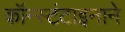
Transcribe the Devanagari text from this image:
कॉन्स्टंटाइनाने